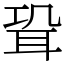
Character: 𦕓